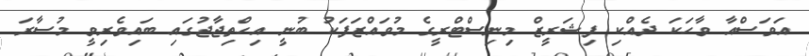
އަވަސްއާ ވާހަކަ ދެއްކި ފިޝަރީޒް މިނިސްޓްރީގެ މުވައްޒަފަކު ބުނީ އިހްތިޖާޖުގައި ބައިވެރިވީ މުސާރަ